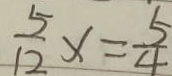
\frac { 5 } { 1 2 } x = \frac { 5 } { 4 }